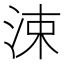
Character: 涑